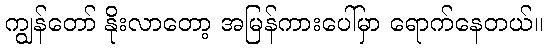
ကျွန်တော် နိုးလာတော့ အမြန်ကားပေါ်မှာ ရောက်နေတယ်။